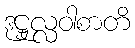
ဒုဋ္ဌုလ္လဝါစာတိ